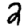
Digit: 2